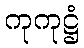
ကုကုဋ္ဌံ